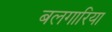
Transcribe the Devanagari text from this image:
बलगारिया